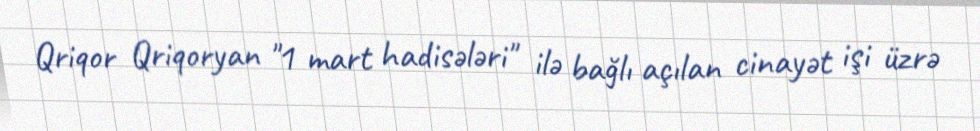
Qriqor Qriqoryan "1 mart hadisələri" ilə bağlı açılan cinayət işi üzrə